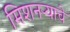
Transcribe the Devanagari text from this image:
मिशनर्‍याचे